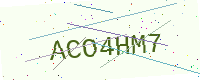
Text: ACO4HM7